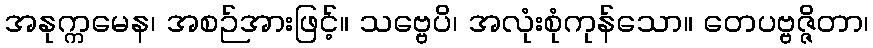
အနုက္ကမေန၊ အစဉ်အားဖြင့်။ သဗ္ဗေပိ၊ အလုံးစုံကုန်သော။ တေပဗ္ဗဇ္ဇိတာ၊